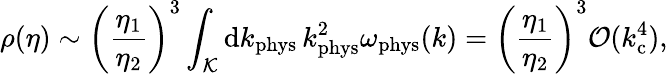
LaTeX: \rho(\eta)\sim\biggl(\frac{\eta_{1}}{\eta_{2}}\biggr)^{3}\int_{\cal K}\mathrm{d}k_{\mathrm{phys}}\, k_{\mathrm{phys}}^{2}\omega_{\mathrm{phys}}(k)=\biggl(\frac{\eta_{1}}{\eta_{2}}\biggr)^{3}{\cal O}(k_{\mathrm{c}}^{4}),